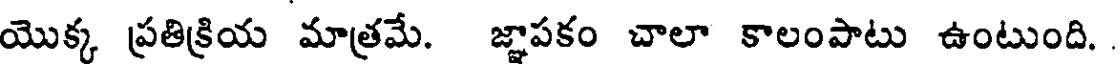
యొక్క ప్రతిక్రియ మాత్రమే. జ్ఞాపకం చాలా కాలంపాటు ఉంటుంది.